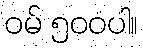
ဝမ် ၅၀၀ပါ။